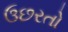
ઉછરતો